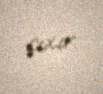
çıxır.